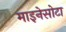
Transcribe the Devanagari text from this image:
माइनेसोटा